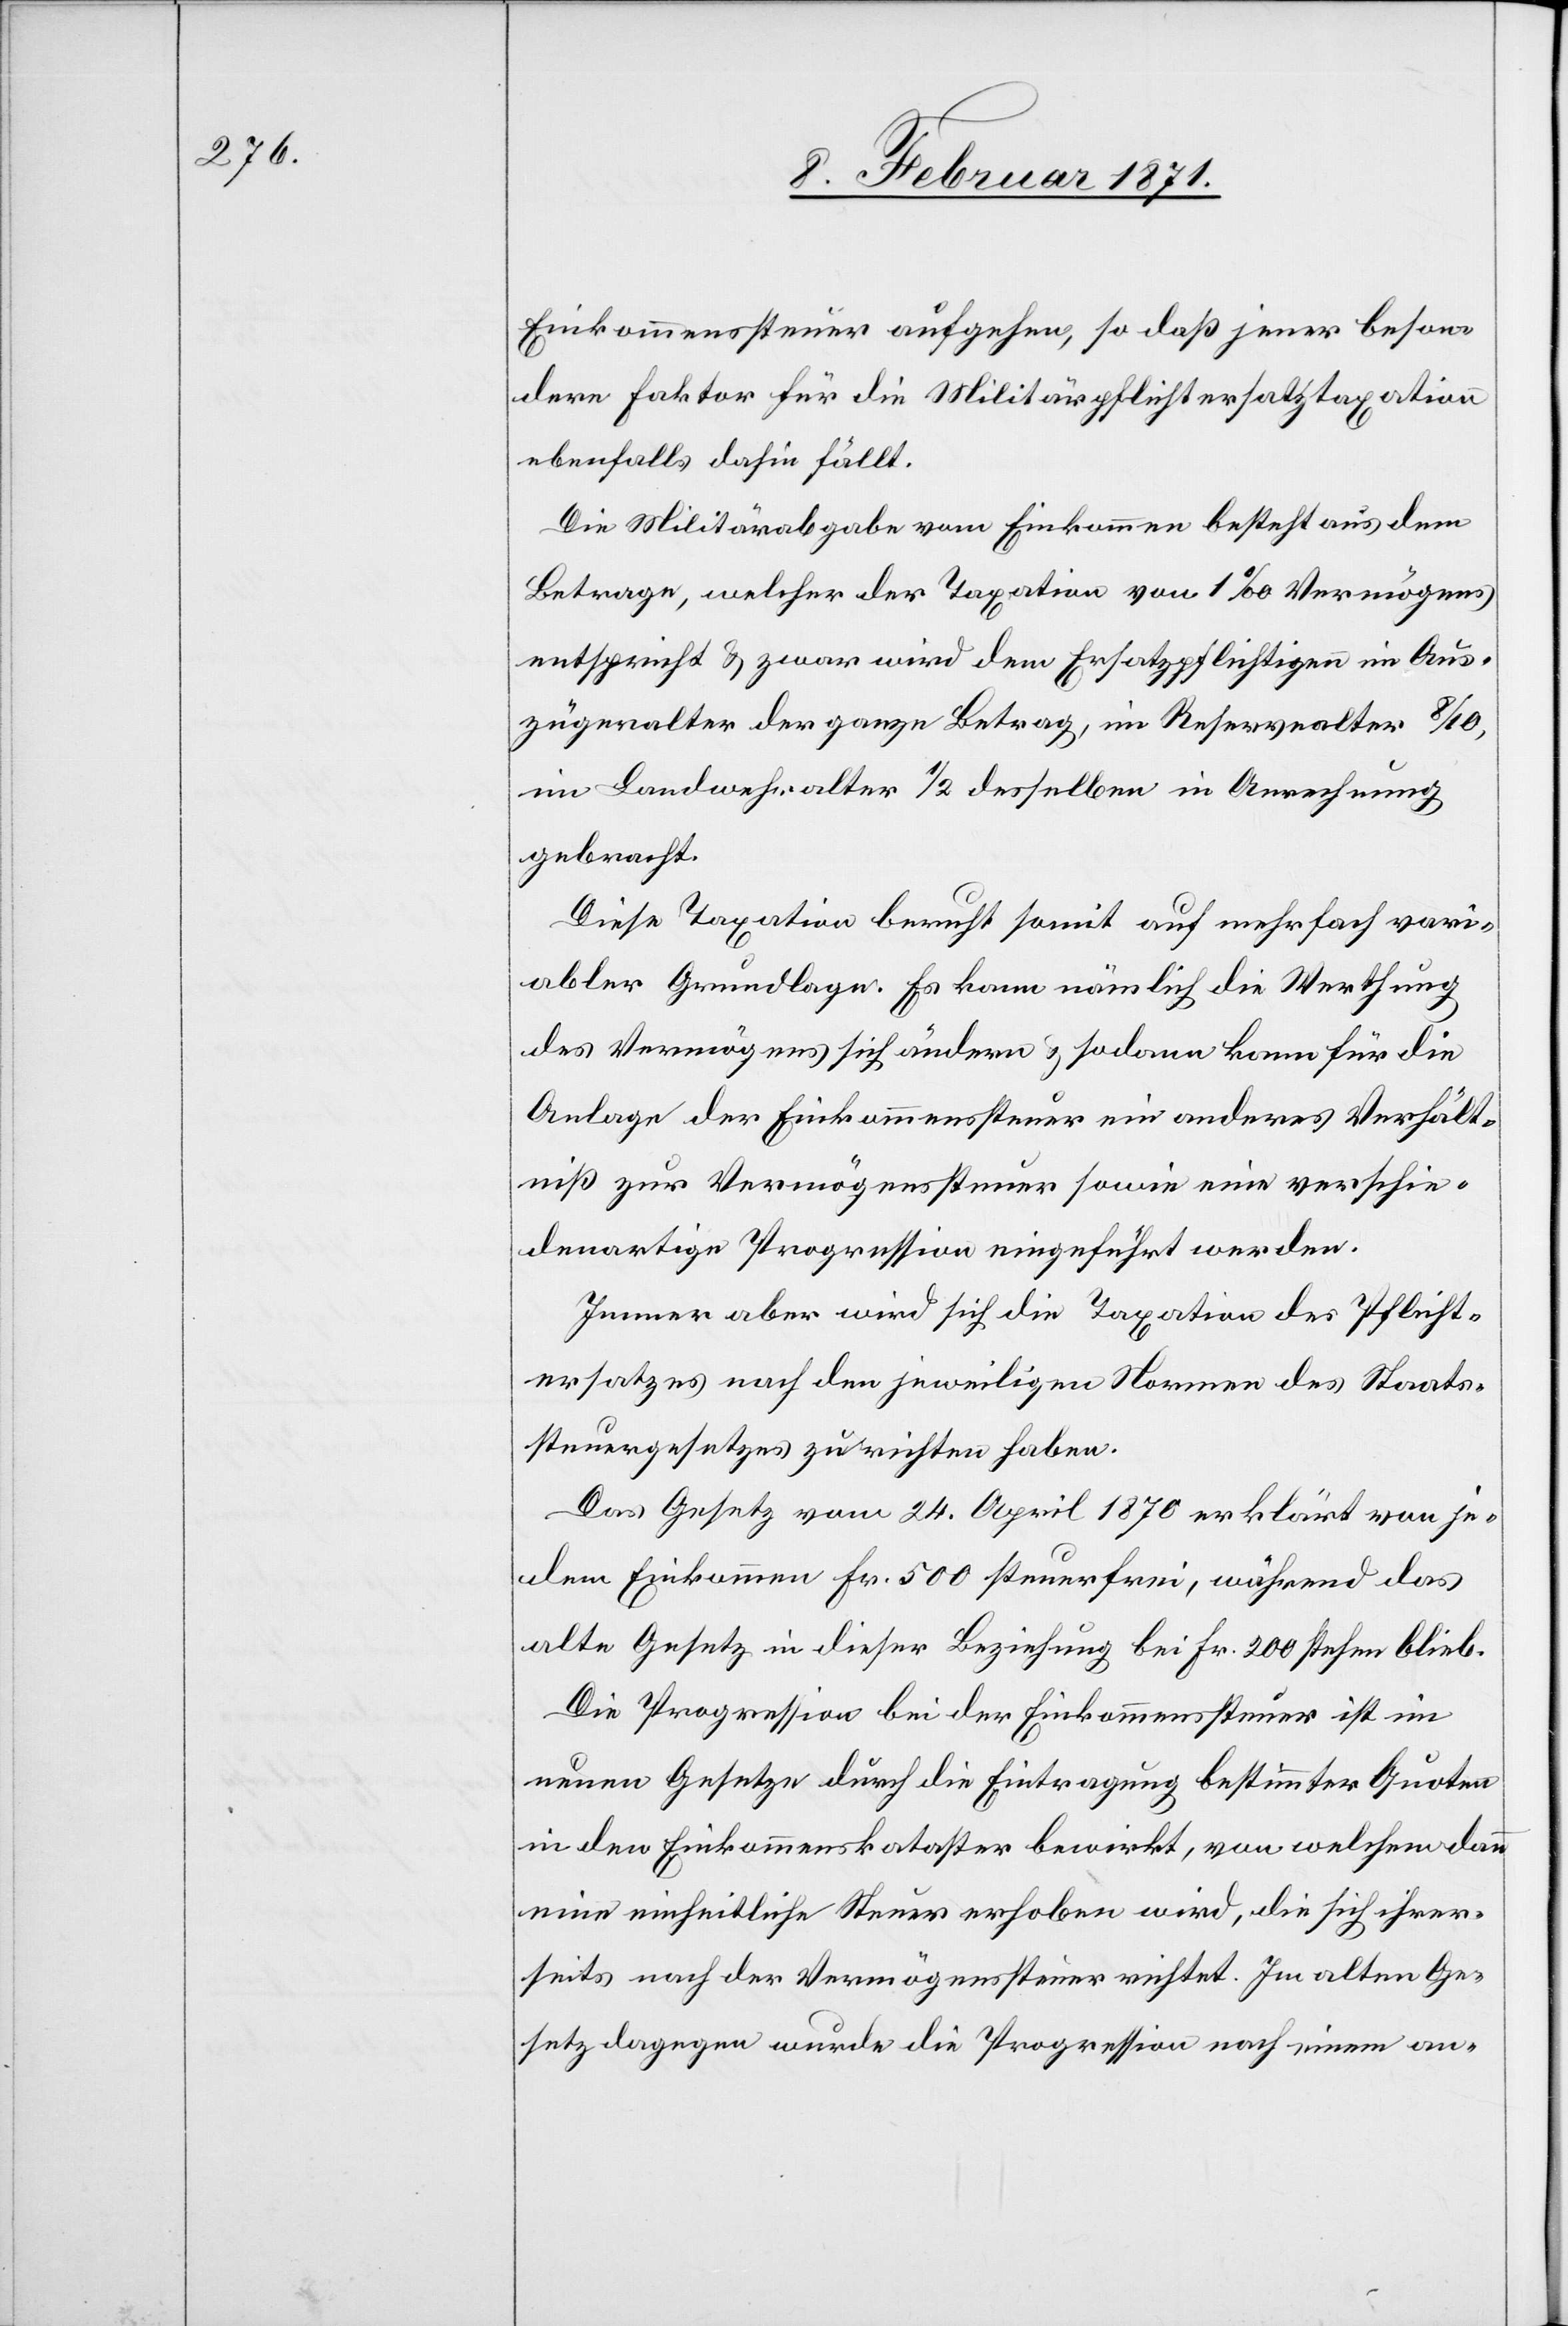
Einkommenssteuer aufgehen, so daß jener beson¬
dern Faktor für die Militärpflichtersatztaxation
ebenfalls dahin fällt.
Die Militärabgabe vom Einkommen besteht aus dem
Betrage, welcher der Taxation von 1‰ Vermögens
entspricht u. zwar wird dem Ersatzpflichtigen im Aus¬
zügeralter der ganze Betrag, in Reservealter 8/10,
im Landwehralter 1/2 desselben in Anrechnung
gebracht.
Diese Taxation beruht somit auf mehrfach vari¬
abler Grundlage. Es kann nämlich die Werthung
des Vermögens sich ändern u. sodann kann für die
Anlage der Einkommenssteuer ein anderes Verhält¬
niß zur Vermögenssteuer sowie eine verschie¬
denartige Progression eingeführt werden.
Immer aber wird sich die Taxation des Pflicht¬
ersatzes nach den jeweiligen Normen des Staats¬
steuergesetzes zu richten haben.
Das Gesetz vom 24. April 1870 erklärt von je¬
dem Einkommen Fr. 500 steuerfrei, während das
alte Gesetz in dieser Beziehung bei Fr. 200 stehen blieb.
Die Progression bei der Einkommenssteuer ist im
neuen Gesetze durch die Eintragung bestimmter Quoten
in den Einkommenskataster bewirkt, von welchem dann
eine einheitliche Steuer erhoben wird, die sich ihrer¬
seits nach der Vermögenssteuer richtet. Im alten Ge¬
setz dagegen wurde die Progression nach einem an-